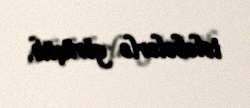
tələbələrlə görüşüb.